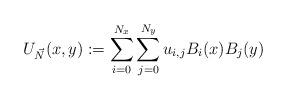
LaTeX: \begin{align*}U_{\vec{N}}(x, y):=\sum\limits_{i=0}^{N_x}\sum\limits_{j=0}^{N_y}u_{i, j}B_{i}(x)B_{j}(y)\end{align*}